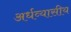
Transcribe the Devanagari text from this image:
अर्धव्यासीय